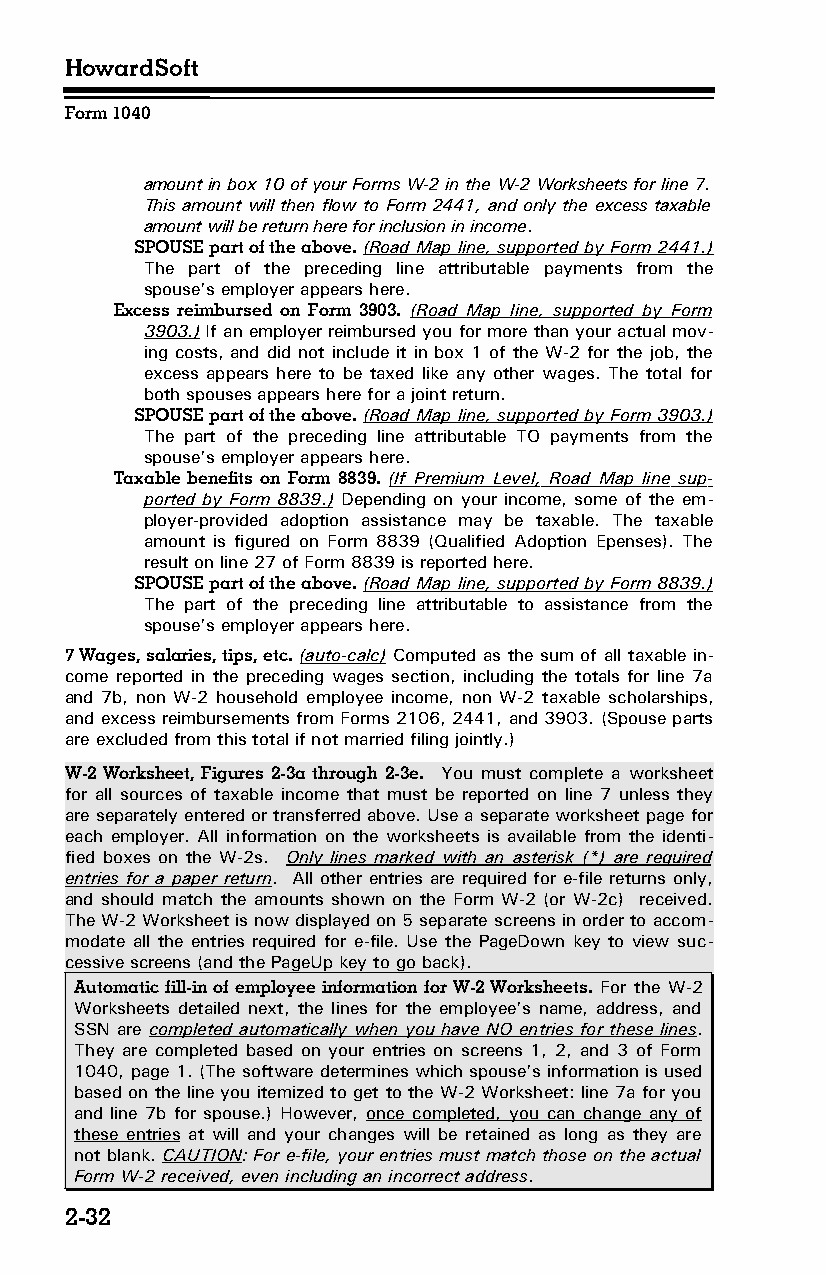
HowardSoft
 Form 1040
 amount in box 10 of your Forms W-2 in the W-2 Worksheets for line 7.
 This amount will then flow to Form 2441, and only the excess taxable
 amount will be return here for inclusion in income.
 SPOUSE part of the above. (Road Map line, supported by Form 2441.)
 The part of the preceding line attributable payments from the
 spouse’s employer appears here.
 Excess reimbursed on Form 3903. (Road Map line, supported by Form
 3903.) If an employer reimbursed you for more than your actual mov­
 ing costs, and did not include it in box 1 of the W-2 for the job, the
 excess appears here to be taxed like any other wages. The total for
 both spouses appears here for a joint return.
 SPOUSE part of the above. (Road Map line, supported by Form 3903.)
 The part of the preceding line attributable TO payments from the
 spouse’s employer appears here.
 Taxable benefits on Form 8839. (If Premium Level , Road Map line sup­
 ported by Form 8839.) Depending on your income, some of the em­
 ployer-provided adoption assistance may be taxable. The taxable
 amount is figured on Form 8839 (Qualified Adoption Epenses). The
 result on line 27 of Form 8839 is reported here.
 SPOUSE part of the above. (Road Map line, supported by Form 8839.)
 The part of the preceding line attributable to assistance from the
 spouse’s employer appears here.
 7 Wages, salaries, tips, etc. (auto-calc) Computed as the sum of all taxable in­
 come reported in the preceding wages section, including the totals for line 7a
 and 7b, non W-2 household employee income, non W-2 taxable scholarships,
 and excess reimbursements from Forms 2106, 2441, and 3903. (Spouse parts
 are excluded from this total if not married filing jointly.)
 W-2 Worksheet, Figures 2-3a through 2-3e. You must complete a worksheet
 for all sources of taxable income that must be reported on line 7 unless they
 are separately entered or transferred above. Use a separate worksheet page for
 each employer. All information on the worksheets is available from the identi­
 fied boxes on the W-2s. Only lines marked with an asterisk (*) are required
 entries for a paper return. All other entries are required for e-file returns only,
 and should match the amounts shown on the Form W-2 (or W-2c) received.
 The W-2 Worksheet is now displayed on 5 separate screens in order to accom­
 modate all the entries required for e-file. Use the PageDown key to view suc­
 cessive screens (and the PageUp key to go back).
 Automatic fill-in of employee information for W-2 Worksheets. For the W-2
 Worksheets detailed next, the lines for the employee’s name, address, and
 SSN are completed automatically when you have NO entries for these lines.
 They are completed based on your entries on screens 1, 2, and 3 of Form
 1040, page 1. (The software determines which spouse’s information is used
 based on the line you itemized to get to the W-2 Worksheet: line 7a for you
 and line 7b for spouse.) However, once completed, you can change any of
 these entries at will and your changes will be retained as long as they are
 not blank. CAUTION: For e-file, your entries must match those on the actual
 Form W-2 received, even including an incorrect address.
 2-32